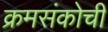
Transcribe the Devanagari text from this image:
क्रमसंकोची